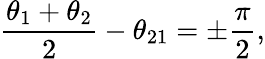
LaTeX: \frac{\theta_{1}+\theta_{2}}{2}-\theta_{21}=\pm\frac{\pi}{2},